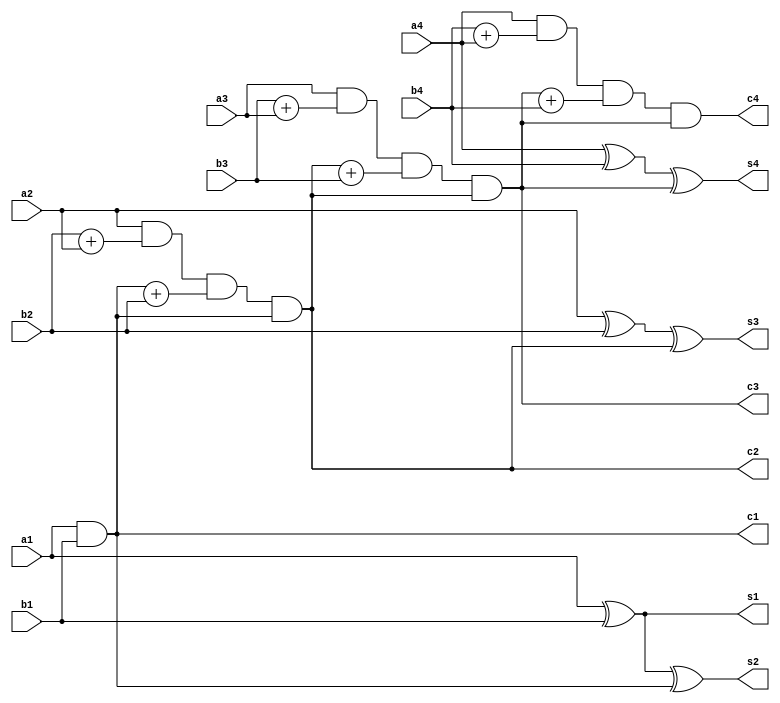
module test(a1,b1,a2,b2,a3,b3,a4,b4,s1,s2,s3,s4,c1,c2,c3,c4);
	input a1,a2,a3,a4,b1,b2,b3,b4;
	output s1,s2,s3,s4,c1,c2,c3,c4;
	assign s1=a1^b1;
	assign c1=a1&b1;
	assign s2=a1^b1^c1;
	assign c2=a2&b2 + a2&c1 + b2&c1;
	assign  s3=a2^b2^c2;
	assign c3=a3&b3 + a3&c2 + b3&c2;
	assign s4=a4^b4^c3;
	assign c4=a4&b4 + a4&c3 + b4&c3;
endmodule
module tg_test(a1,b1,a2,b2,a3,b3,a4,b4,s1,s2,s3,s4,c1,c2,c3,c4);
	input s1,s2,s3,s4,c1,c2,c3,c4;
	output reg  a1,a2,a3,a4,b1,b2,b3,b4;
	initial begin
		$dumpfile("rca.vcd");
		$dumpvars(a1,a2,a3,a4,b1,b2,b3,b4,c1,c2,c3,c4,s1,s2,s3,s4);
		a1=1'b0;
		a2=1'b1;
		a3=1'b0;
		a4=1'b1;
		b1=1'b0;
		b2=1'b1;
		b3=1'b1;
		b4=1'b0;
		$monitor("addend is %b %b %b %b and augend is  %b %b %b %b s um is %b %b %b %b %b ",a4,a3,a2,a1,b4,b3,b2,b1,s4,s3,s2,s1,c4);
	end
endmodule
module wb;
	wire a1,a2,a3,a4,b1,b2,b3,b4,c1,c2,c3,c4,s1,s2,s3,s4;
	test  mytest(a1,a2,a3,a4,b1,b2,b3,b4,c1,c2,c3,c4,s1,s2,s3,s4);
	tg_test my_tg(a1,a2,a3,a4,b1,b2,b3,b4,c1,c2,c3,c4,s1,s2,s3,s4);
endmodule